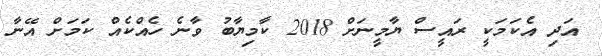
އަދި އެކަމަކީ ރައީސް ޔާމީނަށް 2018 ކާމިޔާބު ވާނެ ހެއްކެއް ކަމަށް އޭނާ